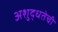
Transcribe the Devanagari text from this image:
अशुद्धतेची